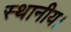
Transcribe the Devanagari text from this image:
स्‍थानीय।